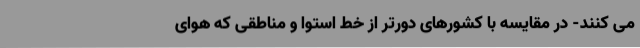
می کنند- در مقایسه با کشورهای دورتر از خط استوا و مناطقی که هوای